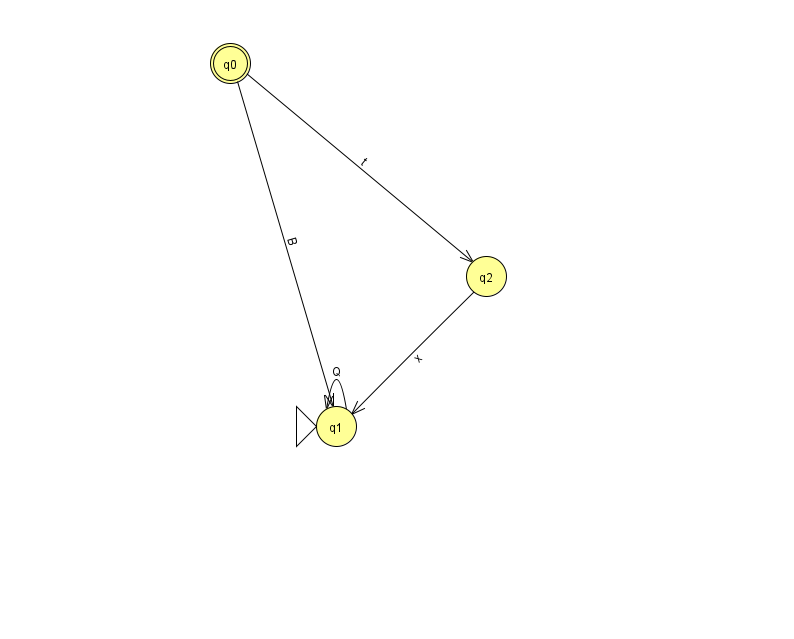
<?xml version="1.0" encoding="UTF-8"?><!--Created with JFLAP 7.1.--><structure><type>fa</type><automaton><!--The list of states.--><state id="0" name="q0"><x>230.0</x><y>50.0</y><final/></state><state id="1" name="q1"><x>336.0</x><y>413.0</y><initial/></state><state id="2" name="q2"><x>486.0</x><y>263.0</y></state><!--The list of transitions.--><transition><from>1</from><to>1</to><read>Q</read></transition><transition><from>0</from><to>1</to><read>B</read></transition><transition><from>0</from><to>2</to><read>t</read></transition><transition><from>2</from><to>1</to><read>x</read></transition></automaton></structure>